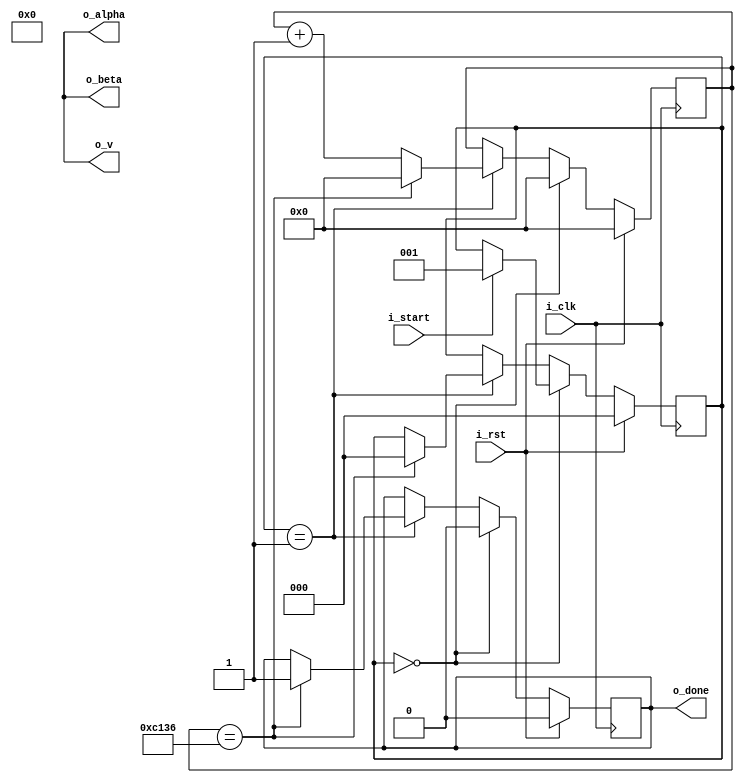
/*
 *Copyright (c) SandboxAQ. All rights reserved.
 *SPDX-License-Identifier: Apache-2.0   
*/



module dummy_pc 
#(
    parameter FIELD = "GF256",
    parameter PARAMETER_SET = "L1",    
    parameter T =   (PARAMETER_SET == "L5")? 4:
                                             3, 
                                             
    parameter CLOCK_CYCLE_COUNT =   (FIELD == "GF256" && PARAMETER_SET == "L1")? 49463:
                                    (FIELD == "GF256" && PARAMETER_SET == "L3")? 37163:
                                    (FIELD == "GF256" && PARAMETER_SET == "L5")? 64240:
                                    (FIELD == "P251" && PARAMETER_SET == "L1")? 157662:
                                    (FIELD == "P251" && PARAMETER_SET == "L3")? 118230:
                                    (FIELD == "P251" && PARAMETER_SET == "L5")? 166427:
                                                                                 49463
    

)(
    input                                               i_clk,
    input                                               i_rst,

    input                                               i_start,

    output reg                                             o_done,

    output wire [32*T-1:0]                              o_alpha,
    output wire [32*T-1:0]                              o_beta,
    output wire [32*T-1:0]                              o_v

);

assign o_alpha = {$random,$random,$random};
assign o_beta = {$random,$random,$random};
assign o_v = {$random,$random,$random};

reg [2:0] state = 0;
parameter s_wait_start = 0;
parameter s_stall = 1;

reg [15:0] count =0;


always@(posedge i_clk)
begin
    if (i_rst) begin
        state <= s_wait_start;
        count <= 0;
        o_done <=0;
    end
    else begin
        if (state == s_wait_start) begin
            count <= 0;
            o_done <=0;
            if (i_start) begin
                state <= s_stall;
            end
        end
        else if (state == s_stall) begin
            if (count == CLOCK_CYCLE_COUNT - 1) begin
                state <= s_wait_start;
                o_done <= 1;
                count <= 0;
            end
            else begin
                count <= count + 1;
            end
        end
    end

end


endmodule